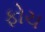
ફોચ